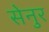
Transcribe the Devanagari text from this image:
सेनुर